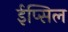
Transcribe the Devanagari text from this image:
ईप्सिल